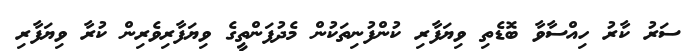
ސަރު ކާރު ހިއްސާވާ ބޮޑެތި ވިޔަފާރި ކުންފުނިތަކުން މެދުފަންތީގެ ވިޔަފާރިވެރިން ކުރާ ވިޔަފާރި